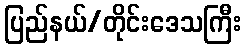
ပြည်နယ်/တိုင်းဒေသကြီး